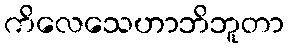
ကိလေသေဟာဘိဘူတာ